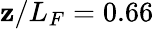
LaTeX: \mathbf{z}/L_{F}=0.66